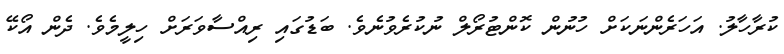
ކުރާހާާލު. އަހަރެންނަކަށް ހުނުން ކޮންޓުރޯލް ނުުކުރެވުނެވެ. ބަޑުގައި ރިއްސާވަރަށް ހިލީމެވެ. ދެން އޯކޭ